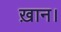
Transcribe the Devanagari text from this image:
ख़ान।